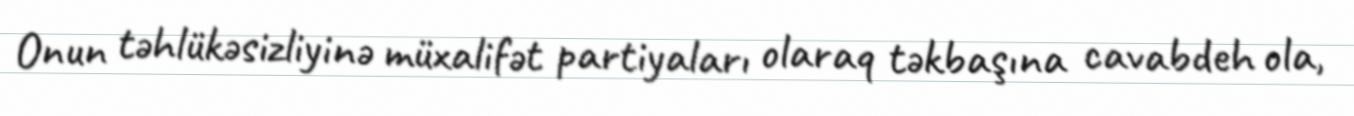
Onun təhlükəsizliyinə müxalifət partiyaları olaraq təkbaşına cavabdeh ola,